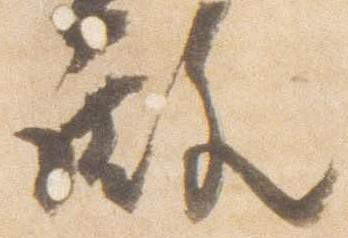
殿